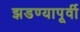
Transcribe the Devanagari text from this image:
झडण्यापूर्वी